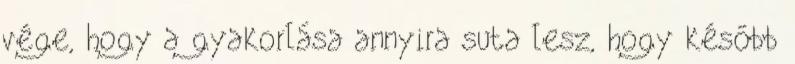
vége, hogy a gyakorlása annyira suta lesz, hogy később